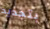
بتجديد